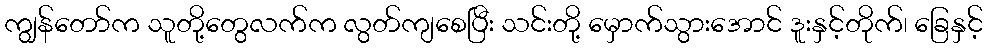
ကျွန်တော်က သူတို့တွေလက်က လွတ်ကျစေပြီး သင်းတို့ မှောက်သွားအောင် ဒူးနှင့်တိုက်၊ ခြေနှင့်